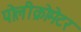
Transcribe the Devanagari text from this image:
पोलीक्रोमेटर